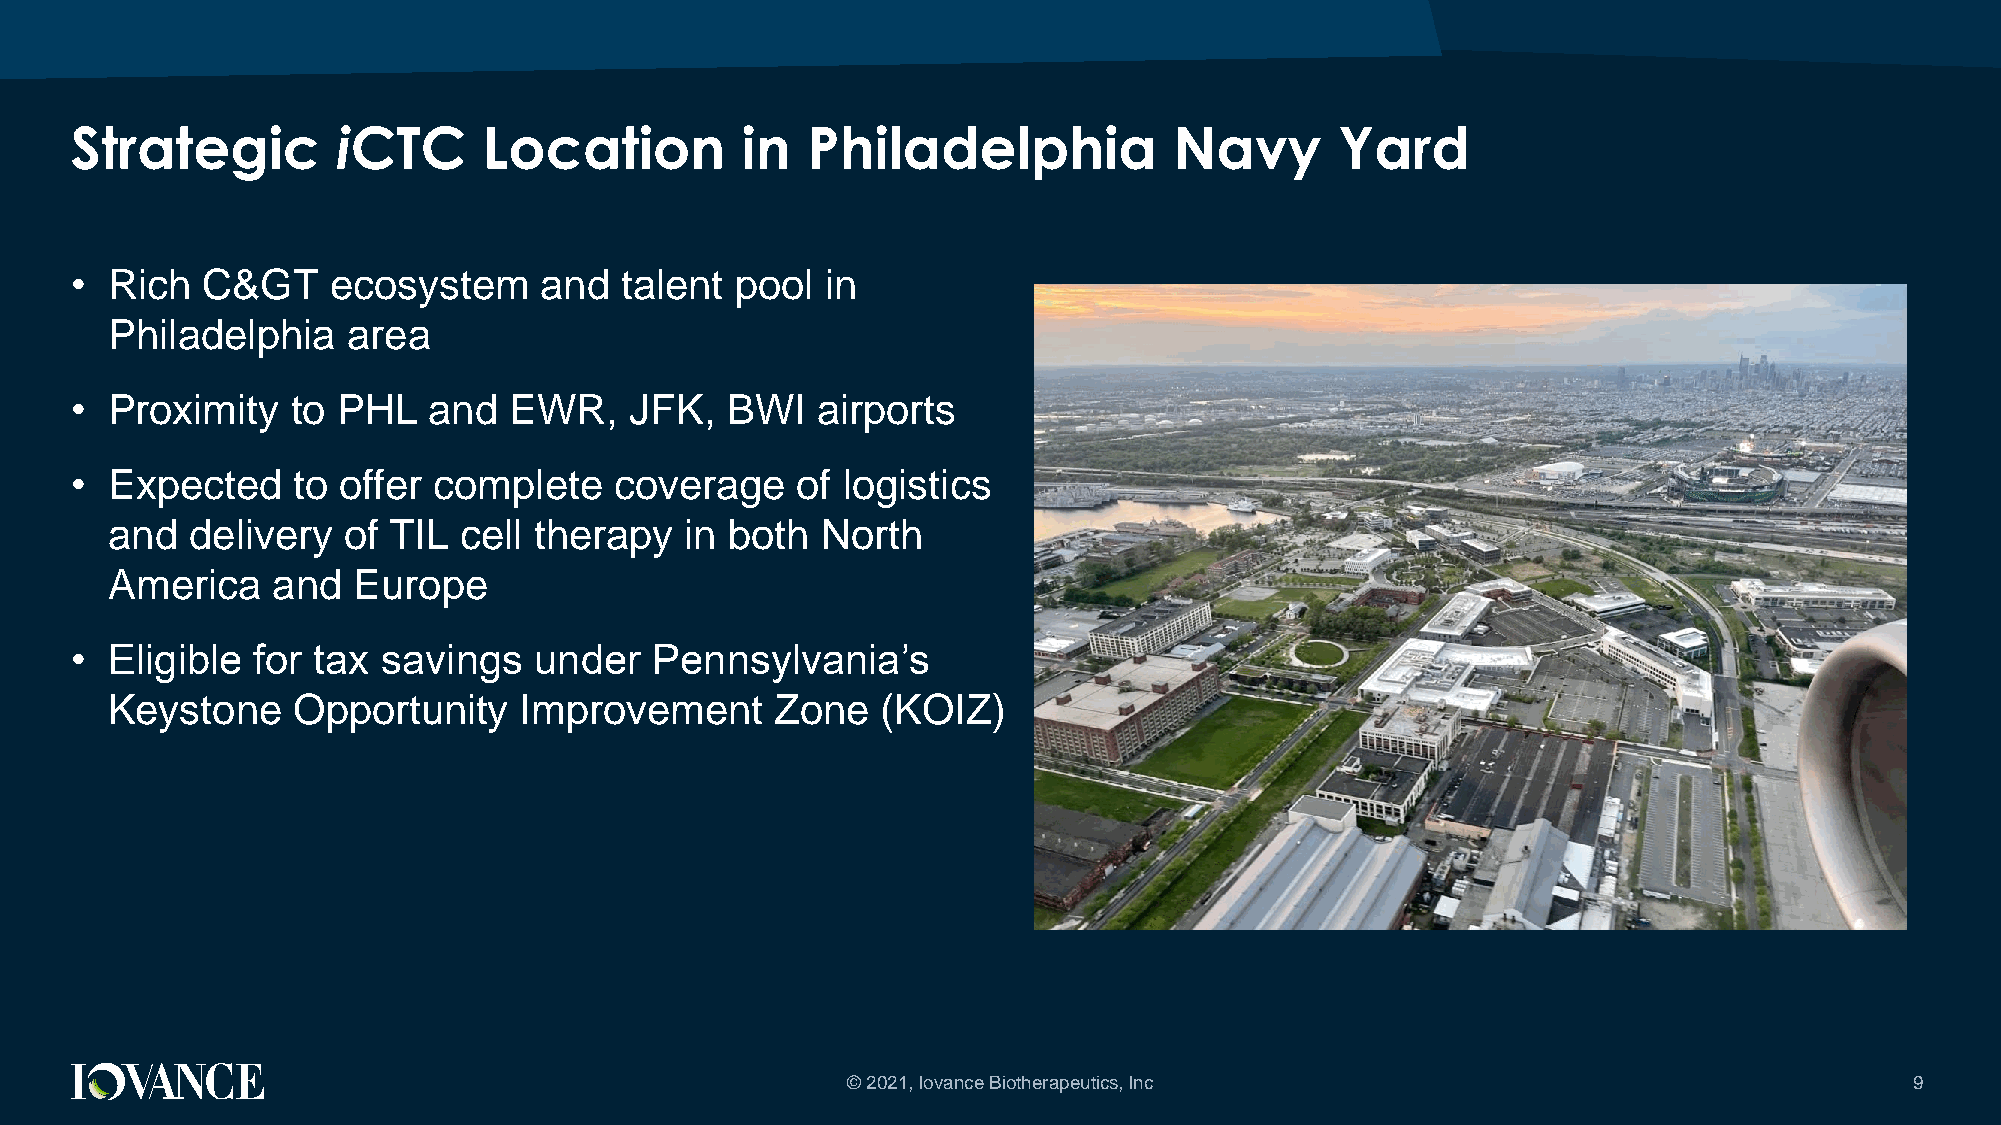
Strategic        iCTC      Location         in  Philadelphia             Navy       Yard
 • Rich  C&GT     ecosystem     and  talent  pool  in
 Philadelphia    area
 • Proximity   to PHL   and   EWR,    JFK,  BWI   airports
 • Expected    to offer  complete    coverage    of logistics
 and   delivery  of TIL cell therapy   in both  North
 America    and  Europe
 • Eligible  for tax savings   under   Pennsylvania’s
 Keystone    Opportunity    Improvement      Zone   (KOIZ)
 © 2021, Iovance Biotherapeutics, Inc                                   9